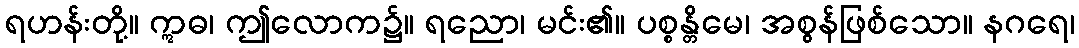
ရဟန်းတို့။ ဣဓ၊ ဤလောက၌။ ရညော၊ မင်း၏။ ပစ္စန္တိမေ၊ အစွန်ဖြစ်သော။ နဂရေ၊